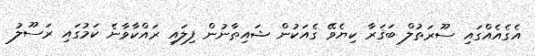
އެގެއެއްގައި ސޫރަތުލް ބަޤަރާ ކިޔެވޭ ގެއަކުން ޝައިޠާނުން ފިލައި ރައްކާވާނެ ކަމުގައި ރަސޫލު